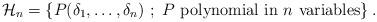
LaTeX: \begin{align*}{\cal H}_n = \{ P (\delta_1 , \ldots , \delta_n) \ ; \ P \ \hbox{polynomial in} \ n \ \hbox{variables} \} \, . \end{align*}